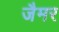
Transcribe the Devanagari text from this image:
जैमर